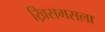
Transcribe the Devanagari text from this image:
ख्रिसमसला